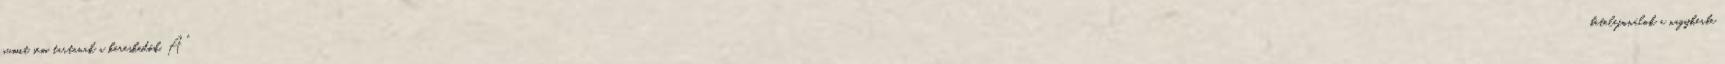
gumit sem tartanak a kereskedők. A "betelefonálok a nagykerbe